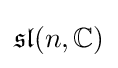
{\mathfrak {sl}}(n,\mathbb {C} )